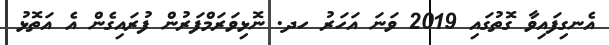
އެނގިފައިވާ ގޮތުގައި 2019 ވަނަ އަހަރު ހދ. ނޮޅިވަރަމްފަރުން ފުރައިގެން އެ އަތޮޅު